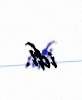
idi.